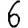
Digit: 6